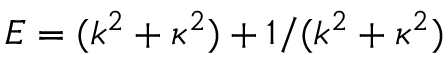
E = ( k ^ { 2 } + \kappa ^ { 2 } ) + 1 / ( k ^ { 2 } + \kappa ^ { 2 } )